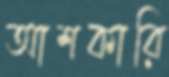
আশকারি